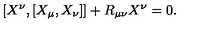
[ X ^ { \nu } , [ X _ { \mu } , X _ { \nu } ] ] + R _ { \mu \nu } X ^ { \nu } = 0 .